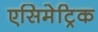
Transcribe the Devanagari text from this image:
एसिमेट्रिक